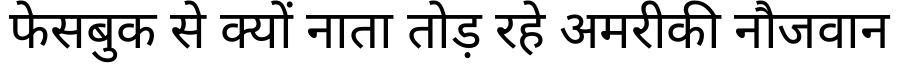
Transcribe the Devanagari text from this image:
फेसबुक से क्यों नाता तोड़ रहे अमरीकी नौजवान